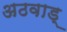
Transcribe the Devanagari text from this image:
अठवाड्